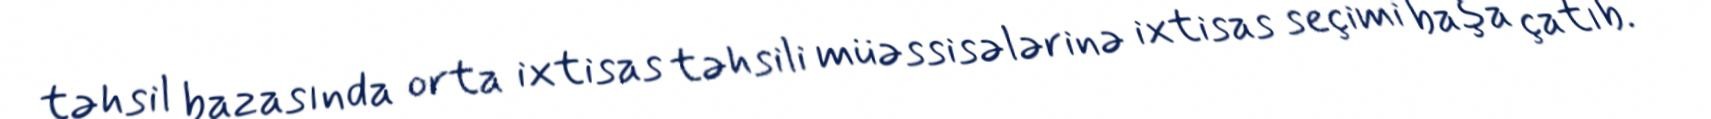
təhsil bazasında orta ixtisas təhsili müəssisələrinə ixtisas seçimi başa çatıb.